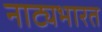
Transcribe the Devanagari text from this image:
नाट्यभारत